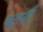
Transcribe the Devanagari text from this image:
पदांनी